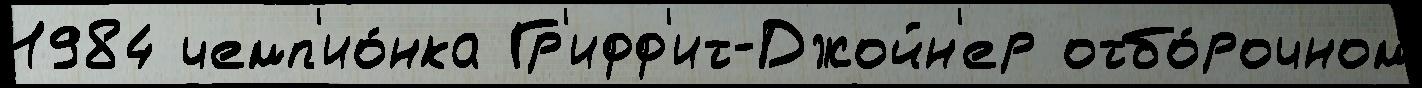
1984 чемп'ио́нка Гр'ифф'ит-Джойн'ер отбо́рочном